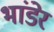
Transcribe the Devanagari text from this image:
भांडेर